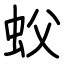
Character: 蚥